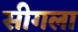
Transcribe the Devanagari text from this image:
सीगला